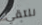
نلتقي